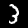
Label: 3